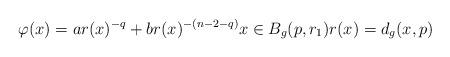
LaTeX: \begin{align*}\varphi(x) = a r(x)^{-q} + b r(x)^{-(n-2-q)} x \in B_g(p,r_1) r(x) = d_g(x,p)\end{align*}